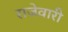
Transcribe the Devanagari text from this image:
राजेवारी